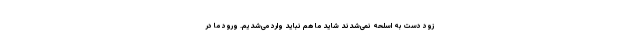
زود دست به اسلحه نمی‌شدند شاید ما هم نباید وارد می‌شدیم. ورود ما در